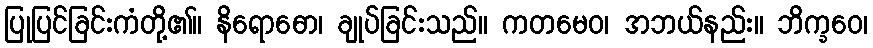
ပြုပြင်ခြင်းကံတို့၏။ နိရောဓော၊ ချုပ်ခြင်းသည်။ ကတမေဝ၊ အဘယ်နည်း။ ဘိက္ခဝေ၊